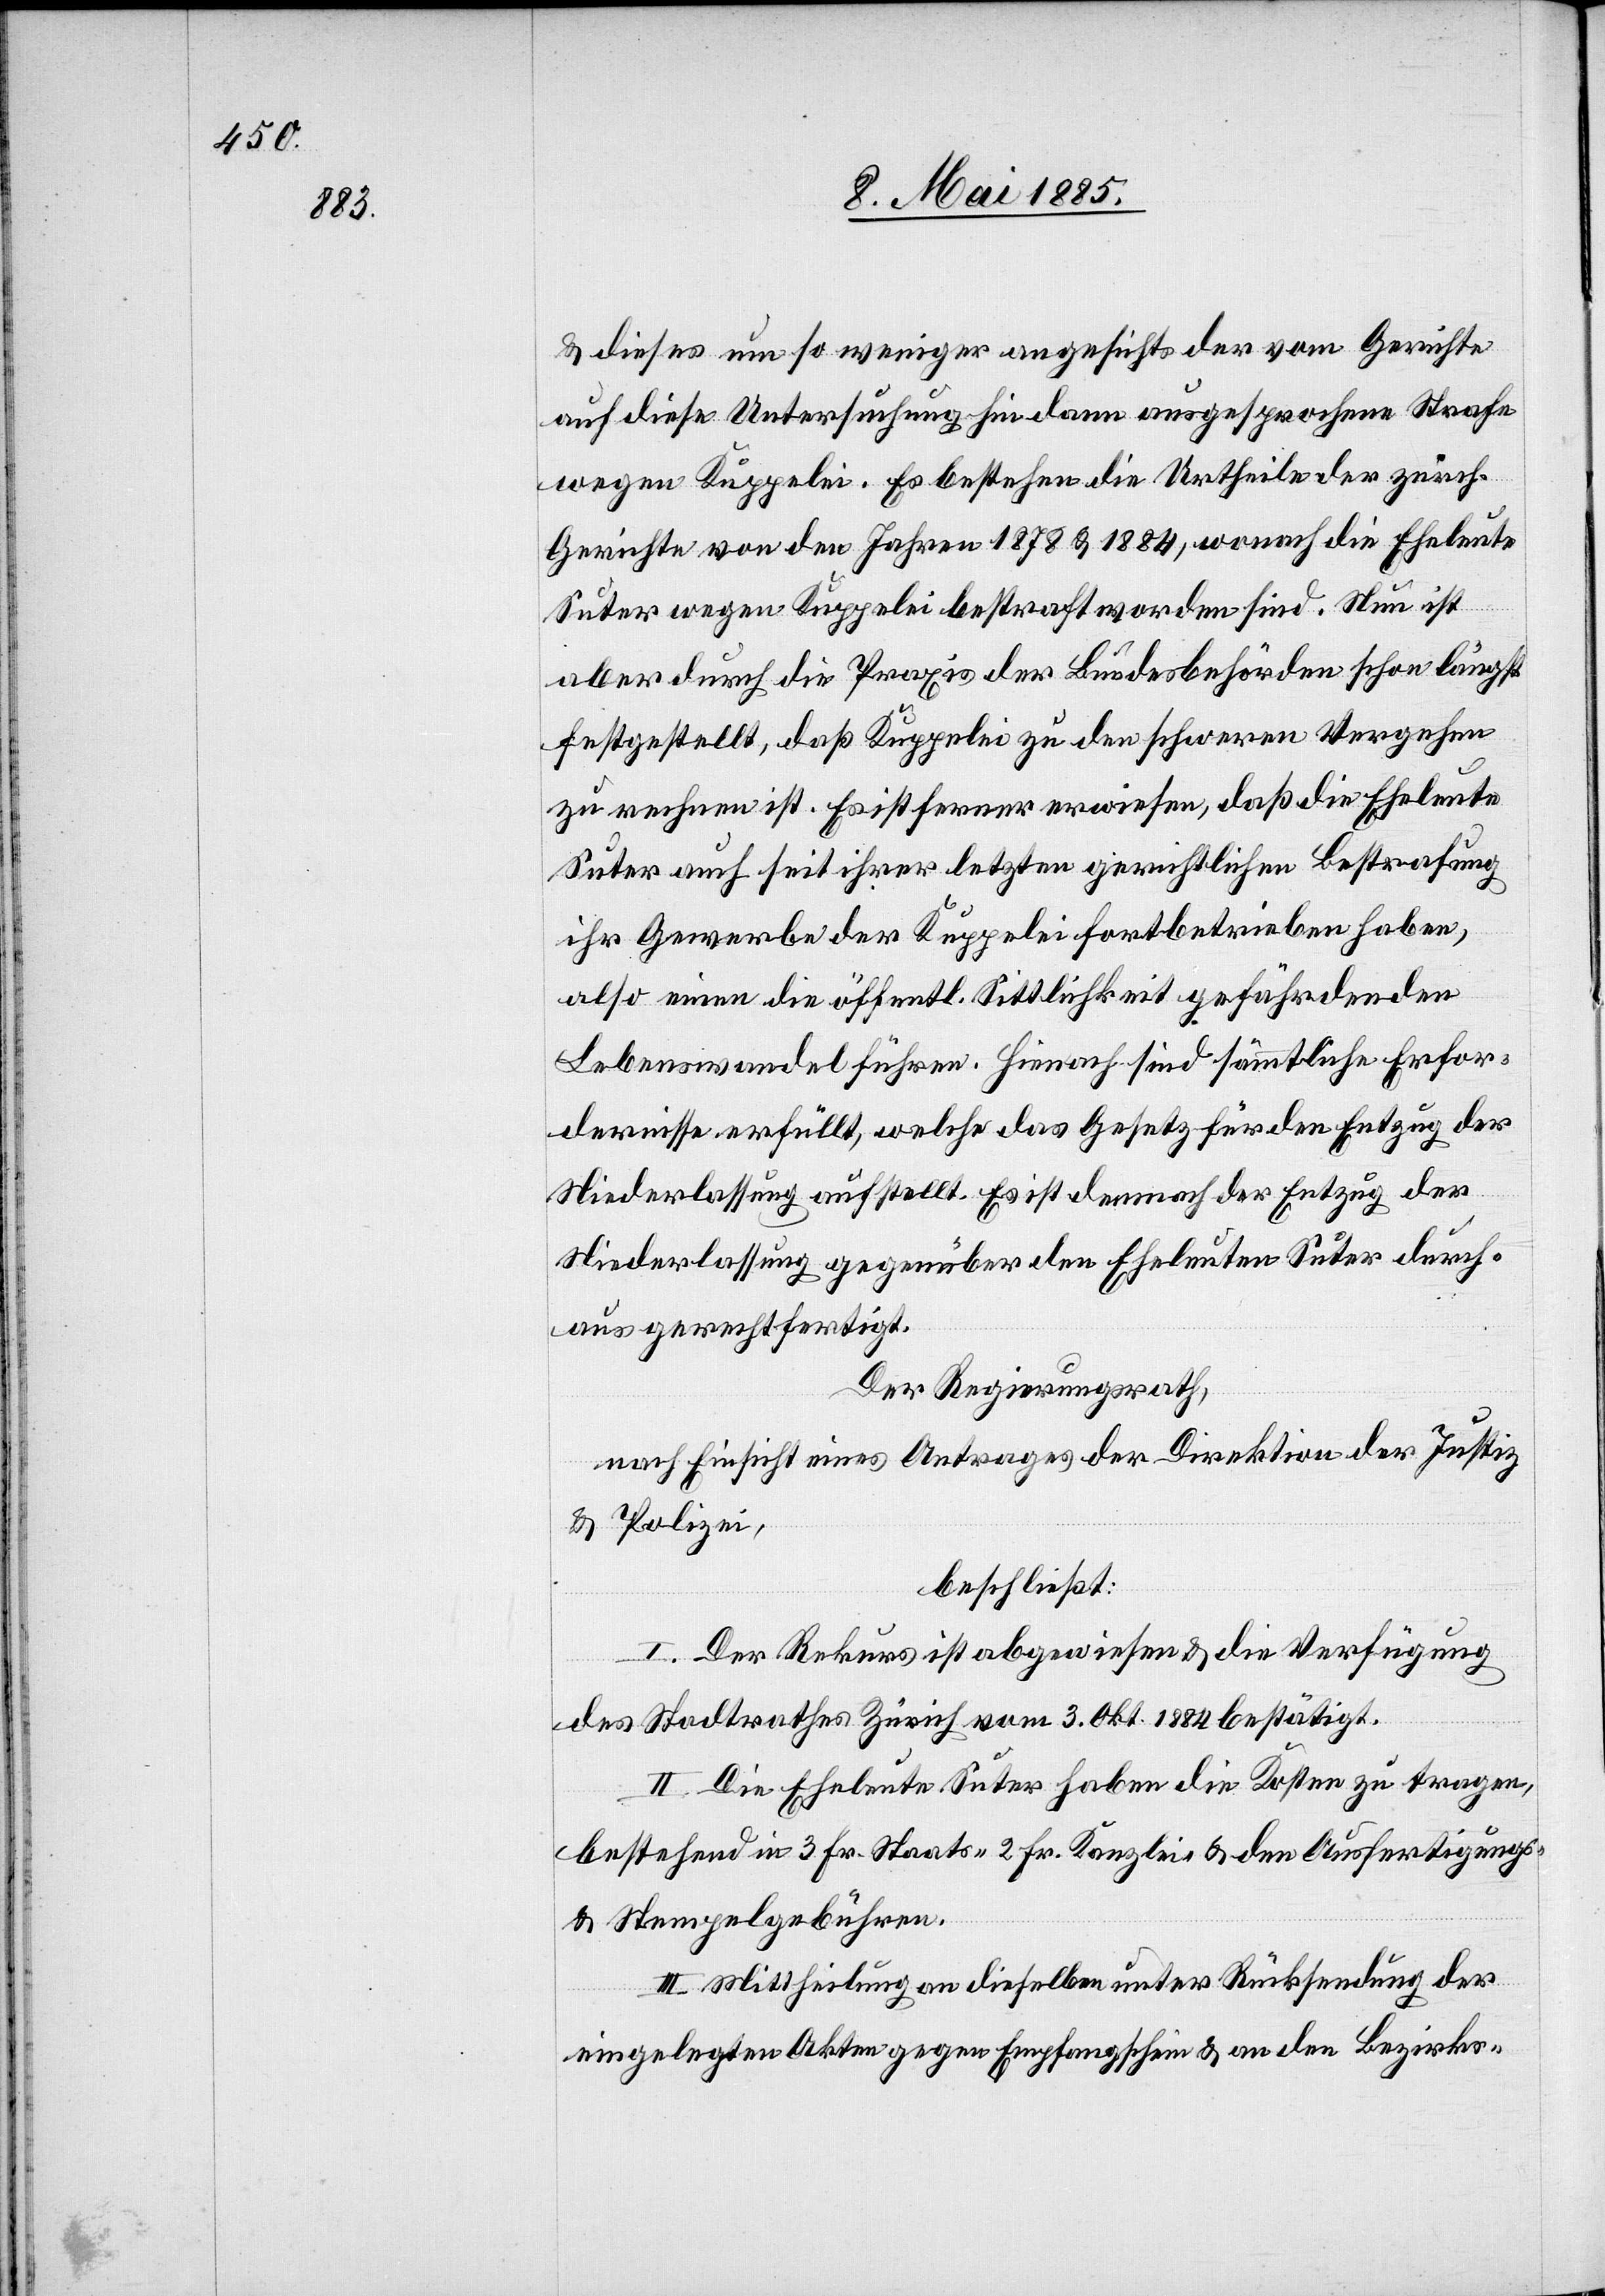
& dieses um so weniger angesichts der vom Gerichte
auf diese Untersuchung hin dann ausgesprochene Strafe
wegen Kuppelei. Es bestehen die Urtheile der zürch.
Gerichte von den Jahren 1878 & 1884, wonach die Eheleute
Suter wegen Kuppelei bestraft worden sind. Nun ist
aber durch die Praxis der Bundesbehörden schon längst
festgestellt, daß Kuppelei zu den schweren Vergehen
zu rechnen ist. Es ist ferner erwiesen, daß die Eheleute
Suter auch seit ihrer letzten gerichtlichen Bestrafung
ihr Gewerbe der Kuppelei fortbetrieben haben,
also einen die öffentl. Sittlichkeit gefährdenden
Lebenswandel führen. Hienach sind sämmtliche Erfor¬
dernisse erfüllt, welche das Gesetz für den Entzug der
Niederlassung aufstellt. Es ist demnach der Entzug der
Niederlassung gegenüber den Eheleuten Suter durch¬
aus gerechtfertigt.
Der Regierungsrath,
nach Einsicht eines Antrages der Direktion der Justiz
& Polizei,
beschließt:
I. Der Rekurs ist abgewiesen & die Verfügung
des Stadtrathes Zürich vom 3. Okt. 1884 bestätigt.
II. Die Eheleute Suter haben die Kosten zu tragen,
bestehend in 3 Fr. Staats-[,] 2 Fr. Kanzlei- & den Ausfertigungs-
& Stempelgebühren.
III. Mittheilung an dieselben unter Rücksendung der
eingelegten Akten gegen Empfangschein & an den Bezirks-